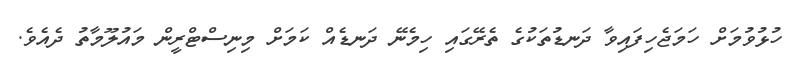
ހުޅުވުމަށް ހަމަޖެހިފައިވާ ދަނޑުތަކުގެ ތެރޭގައި ހިމެނޭ ދަނޑެއް ކަމަށް މިނިސްޓްރީން މައުލޫމާތު ދެއެވެ.